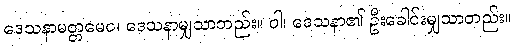
ဒေသနာမတ္တမေဝ၊ ဒေသနာမျှသာတည်း။ ဝါ၊ ဒေသနာ၏ ဦးခေါင်းမျှသာတည်း။